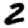
Digit: 2